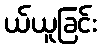
ယ်ယူခြင်း